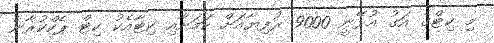
މި ކިޓްގެ އަގު އުޅޭނީ 9000 ރުފިޔާއަށް ކަމަށާއި ކިޓާއެކު ކިޓް ޕެކްކުރާނެ